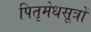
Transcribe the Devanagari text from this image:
पितृमेधसूत्रों